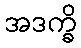
အဒက္ခိ